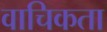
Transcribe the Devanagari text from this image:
वाचिकता